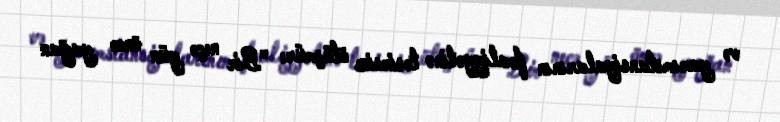
və yarımstansiyalarının fəaliyyətinə təsirsiz ötüşmür: "Bir neçə gün öncə yağan